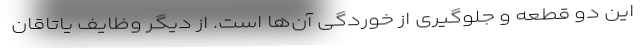
این دو قطعه و جلوگیری از خوردگی آن‌ها است. از دیگر وظایف یاتاقان